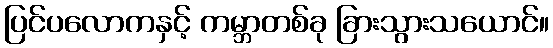
ပြင်ပလောကနှင့် ကမ္ဘာတစ်ခု ခြားသွားသယောင်။